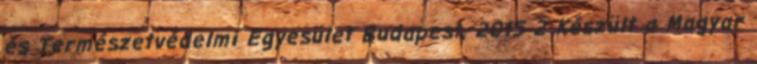
és Természetvédelmi Egyesület Budapest, 2015 2 Készült a Magyar